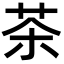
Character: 茶